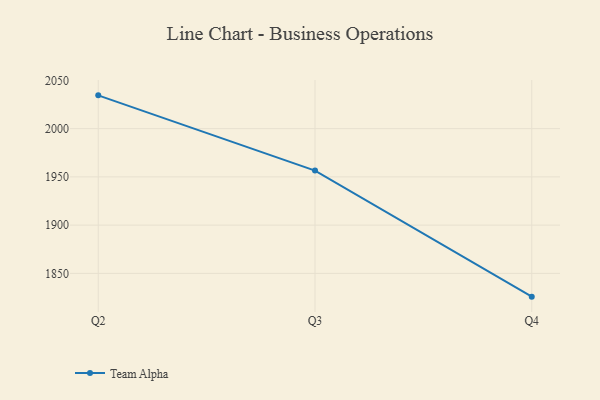
{"axis": {"x": "Quarter", "y": "Market Share (%)"}, "legend": ["Team Alpha"], "data": [{"x": "Q2", "y": 2034.5, "type": "Team Alpha"}, {"x": "Q3", "y": 1956.5, "type": "Team Alpha"}, {"x": "Q4", "y": 1825.9, "type": "Team Alpha"}]}